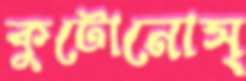
কুটোনোস্